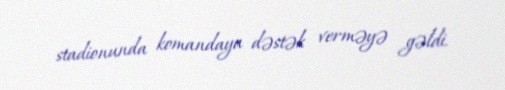
stadionunda komandaya dəstək verməyə gəldi.